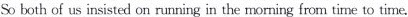
So both of us insisted on running in the morning from time to time.